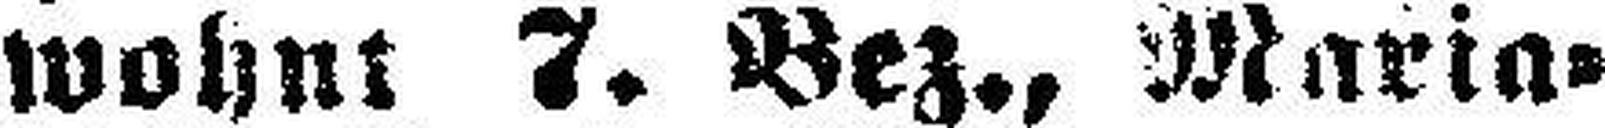
wohnt 7. Bez., Maria¬